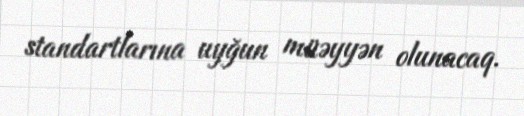
standartlarına uyğun müəyyən olunacaq.